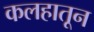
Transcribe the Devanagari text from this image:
कलहातून